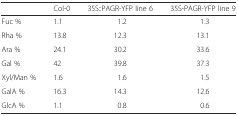
<table><thead><tr><td></td><td><b>Col-0</b></td><td><b>35S::PAGR-YFP line 6</b></td><td><b>35S-PAGR-YFP line 9</b></td></tr></thead><tbody><tr><td>Fuc %</td><td>1.1</td><td>1.2</td><td>1.3</td></tr><tr><td>Rha %</td><td>13.8</td><td>12.3</td><td>13.1</td></tr><tr><td>Ara %</td><td>24.1</td><td>30.2</td><td>33.6</td></tr><tr><td>Gal %</td><td>42</td><td>39.8</td><td>37.3</td></tr><tr><td>Xyl/Man %</td><td>1.6</td><td>1.6</td><td>1.5</td></tr><tr><td>GalA %</td><td>16.3</td><td>14.3</td><td>12.6</td></tr><tr><td>GlcA %</td><td>1.1</td><td>0.8</td><td>0.6</td></tr></tbody></table>